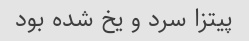
پیتزا سرد و یخ شده بود